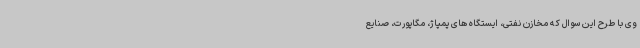
وی با طرح این سوال که مخازن نفتی، ایستگاه های پمپاژ، مگاپورت، صنایع